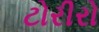
ટોરીરો